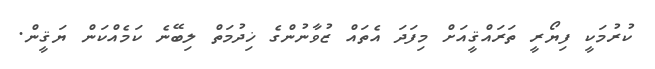
ކުރުމަކީ ފިޔޯރީ ތަރައްޤީއަށް މިފަދަ އެތައް ޒުވާނުންގެ ޚިދުމަތް ލިބޭނެ ކަމެއްކަން ޔަޤީން.